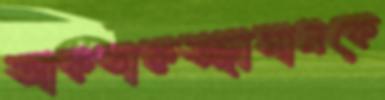
আকতারুজ্জামানকে